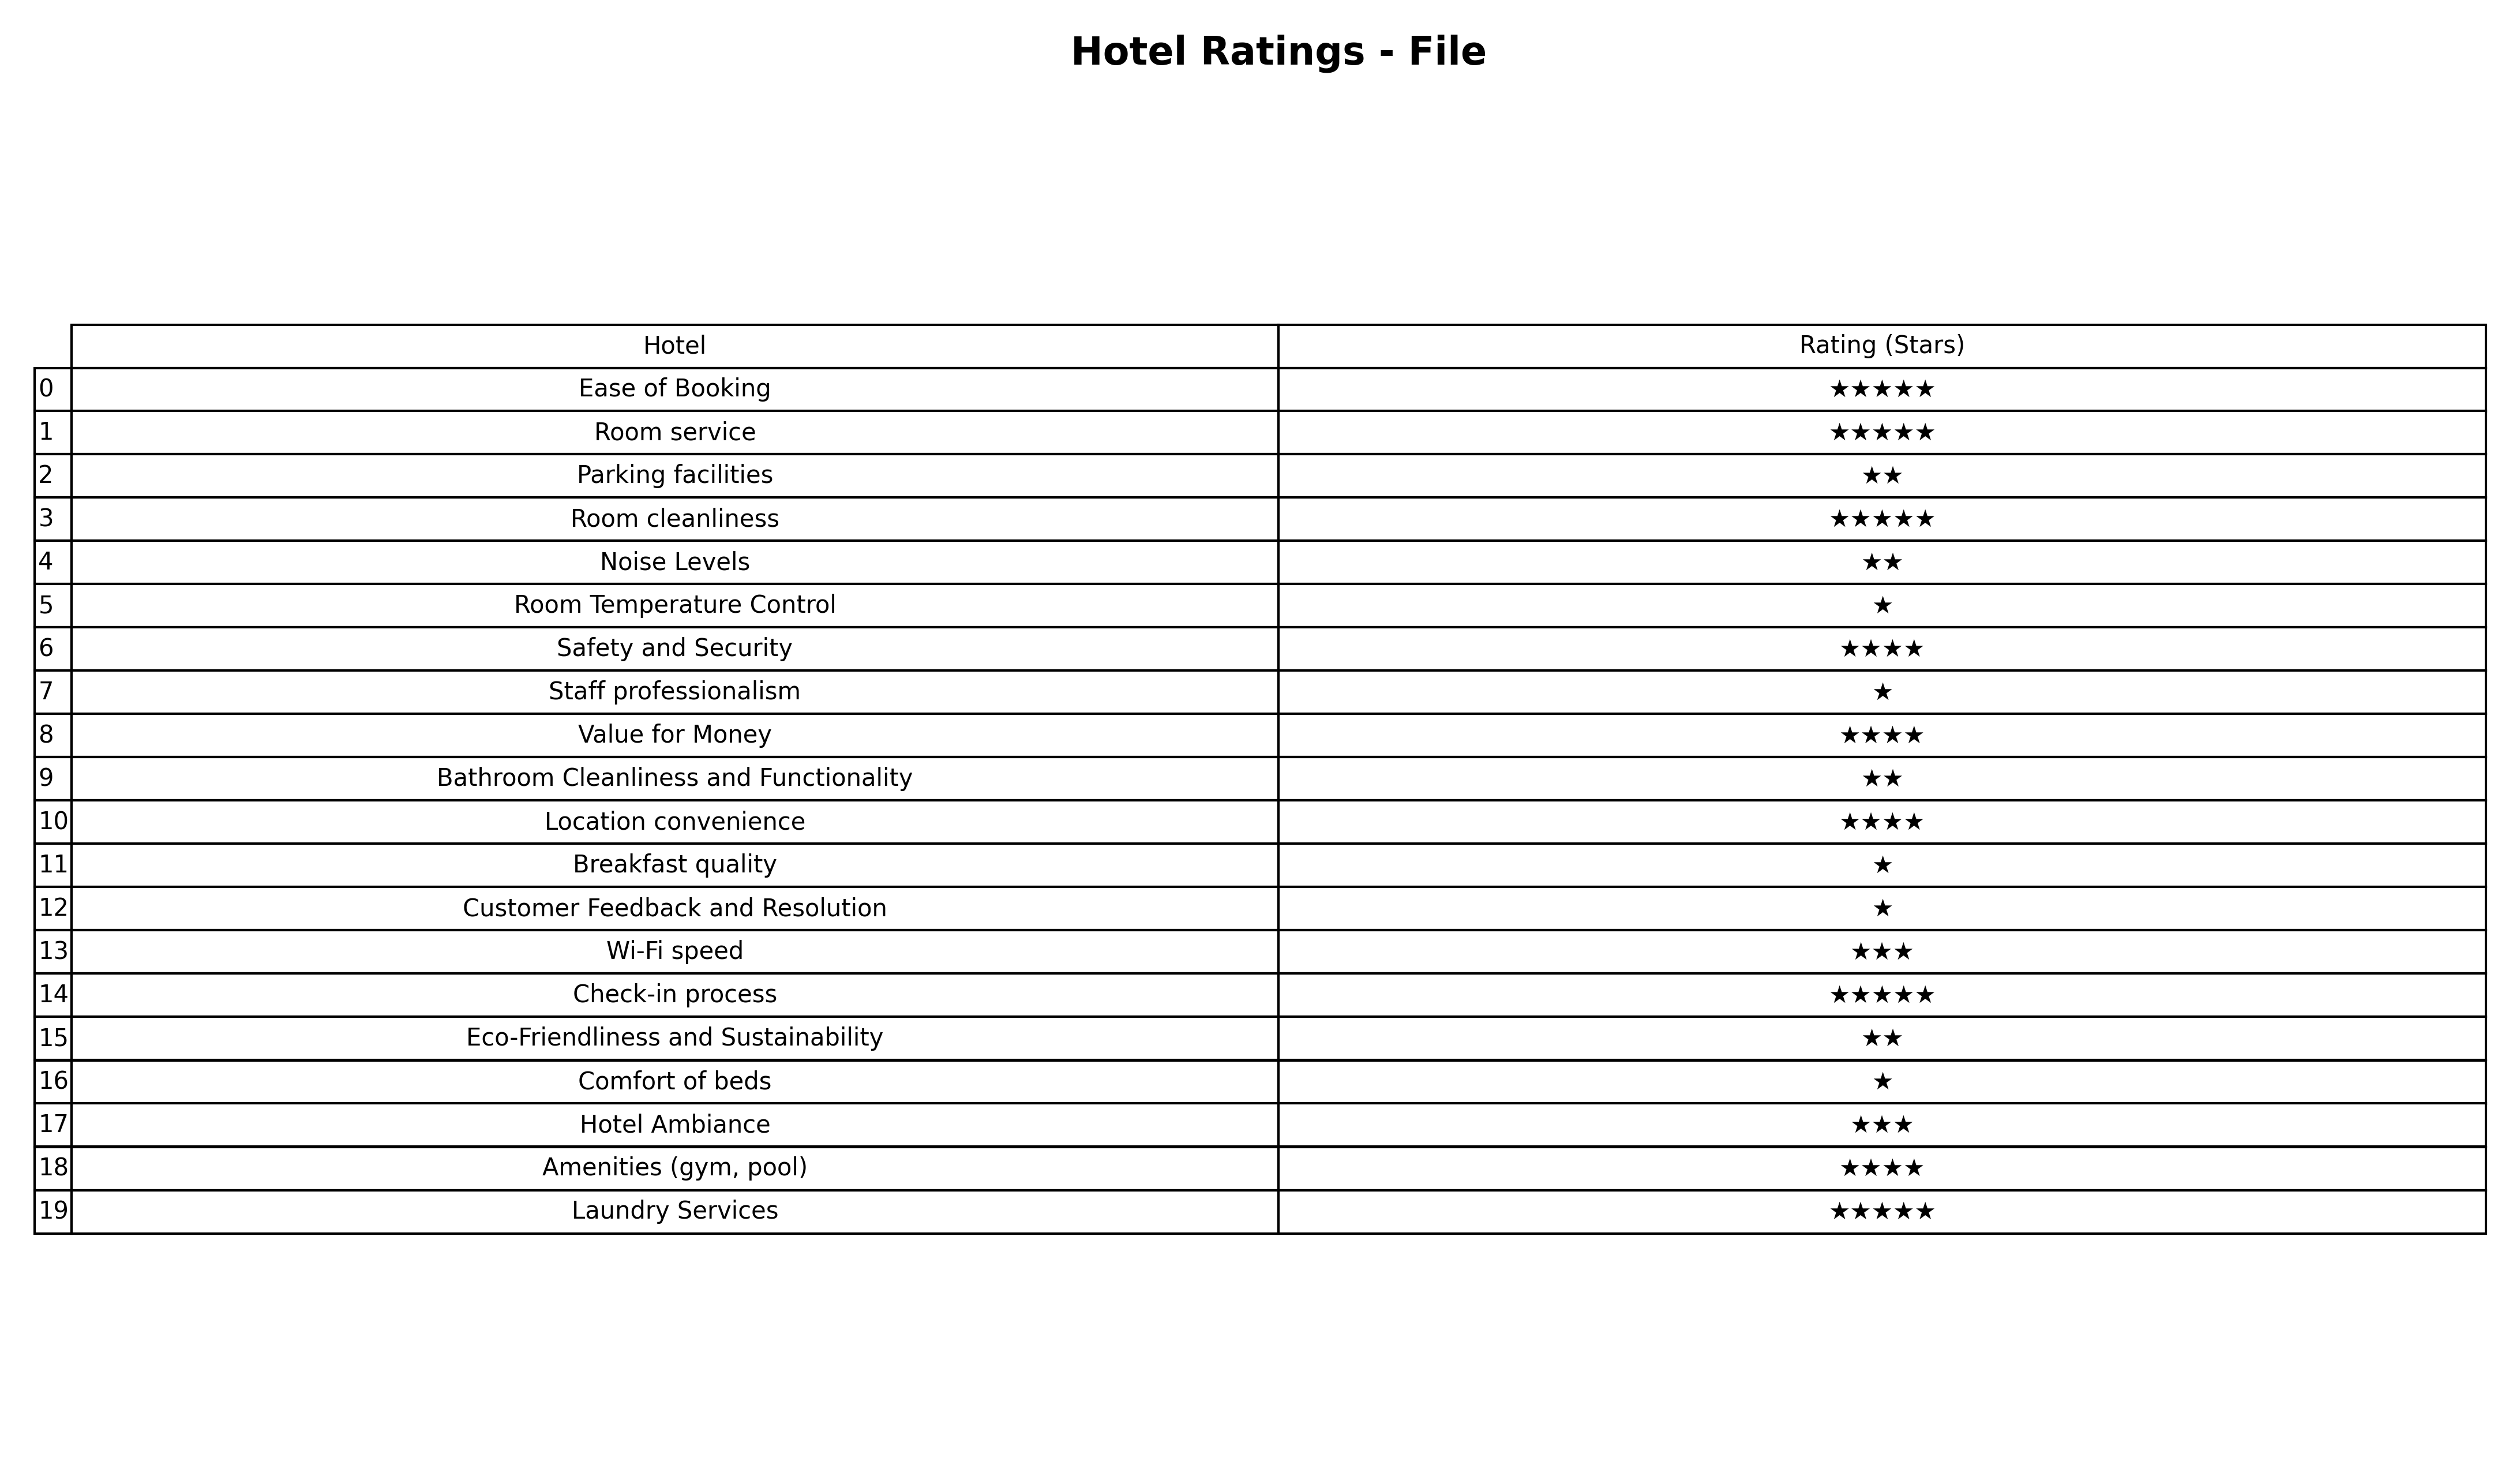
question: What is the rating of Breakfast quality?
answer: ★